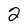
Character: 2